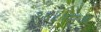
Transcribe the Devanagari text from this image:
१६८१मध्ये